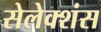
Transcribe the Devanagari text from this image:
सेलेक्शंस